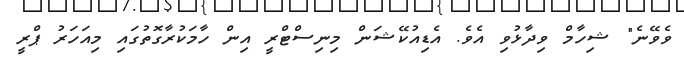
ވެވޭނެ" ޝިހާމް ވިދާޅުވި އެވެ. އެޑިއުކޭޝަން މިނިސްޓްރީ އިން ހާމަކުރާގޮތުގައި މިއަހަރު ޕްރީ